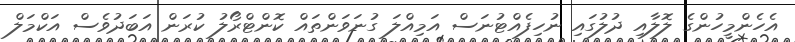
އެހެންމީހުންގެ ލޮލާއި ދުލުގައި ނުހިފެއްޓުނަސް އަމިއްލަ ގުނަވަންތައް ކޮންޓްރޯލު ކުރަން އަބަދުވެސް އަކްމަލް